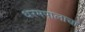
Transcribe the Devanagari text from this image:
धरमपालाचा